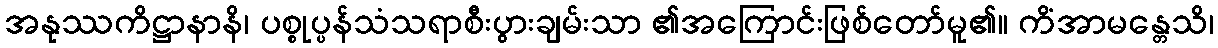
အနုဿကိဋ္ဌာနာနိ၊ ပစ္စုပ္ပန်သံသရာစီးပွားချမ်းသာ ၏အကြောင်းဖြစ်တော်မူ၏။ ကိံအာမန္တေသိ၊